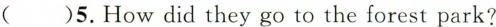
( )5.How did they go to the forest park?